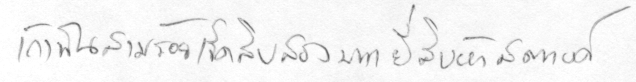
เก้าพันสามร้อยเจ็ดสิบสองบาทยี่สิบห้าสตางค์